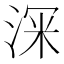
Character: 𭰹